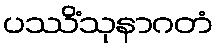
ပဿိံသုနာဂတံ